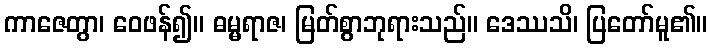
ကာဇေတွာ၊ ဝေဖန်၍။ ဓမ္မရာဇ၊ မြတ်စွာဘုရားသည်။ ဒေဿသိ၊ ပြတော်မူ၏။